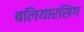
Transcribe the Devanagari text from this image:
बलियारसिंग